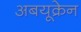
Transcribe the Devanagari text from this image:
अबयूक्रेन